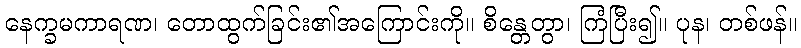
နေက္ခမကာရဏ၊ တောထွက်ခြင်း၏အကြောင်းကို။ စိန္တေတွာ၊ ကြံပြီး၍။ ပုန၊ တစ်ဖန်။